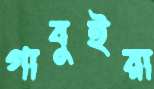
গাবুইরা